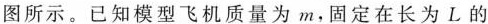
图所示。已知模型飞机质量为m，固定在长为L的